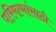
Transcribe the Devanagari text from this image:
परिमाणांसाठी